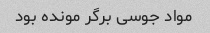
مواد جوسی برگر مونده بود